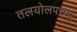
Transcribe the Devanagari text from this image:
तलयोलपरम्पु